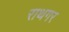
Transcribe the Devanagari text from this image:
राथगर